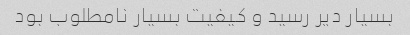
بسیار دیر رسید و کیفیت بسیار نامطلوب بود